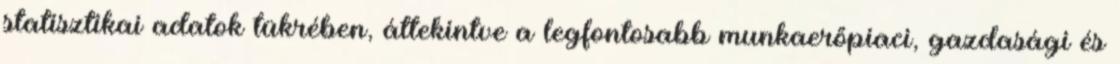
statisztikai adatok tükrében, áttekintve a legfontosabb munkaerőpiaci, gazdasági és